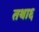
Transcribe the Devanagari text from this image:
तथा६